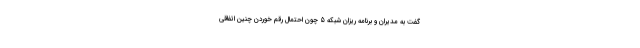
گفت به مدیران و برنامه ریزان شبکه 5 چون احتمال رقم خوردن چنین اتفاقی